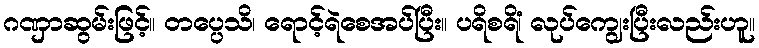
ဂဏှာဆွမ်းဖြင့်။ တပ္ပေသိ၊ ရောင့်ရဲစေအပ်ပြီး။ ပရိစရိံ၊ လုပ်ကျွေးပြီးလည်းဟူ။